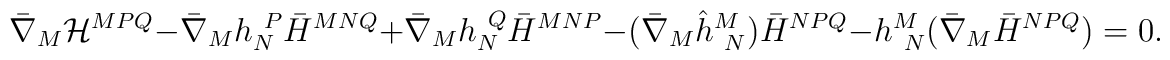
\bar \nabla_M {\cal H}^{MPQ} -\bar \nabla_M h_N^{~P} \bar H^{MNQ} + \bar \nabla_M h_N^{~Q} \bar H^{MNP}-(\bar \nabla_M \hat h^M_{~N}) \bar H^{NPQ}-h^M_{~N} (\bar \nabla_M \bar H^{NPQ})=0.